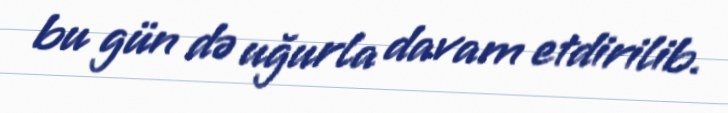
bu gün də uğurla davam etdirilib.